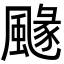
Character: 𩘐